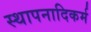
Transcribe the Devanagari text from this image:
स्थापनादिकर्म